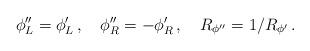
LaTeX: \begin{align*}\phi^{\prime\prime}_L = \phi^\prime_L\, , \quad \phi^{\prime\prime}_R = -\phi^\prime_R\, , \quad R_{\phi^{\prime\prime}} = 1/R_{\phi^\prime}\, .\end{align*}